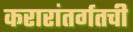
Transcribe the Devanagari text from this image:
करारांतर्गतची